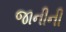
જાનીની